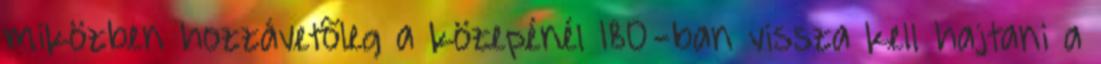
miközben hozzávetõleg a közepénél 180°-ban vissza kell hajtani a